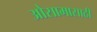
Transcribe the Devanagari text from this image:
ओसामासाठी